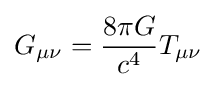
G_{\mu \nu }={8\pi G \over c^{4}}T_{\mu \nu }